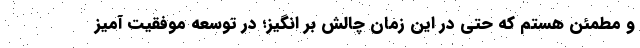
و مطمئن هستم که حتی در این زمان چالش بر انگیز؛ در توسعه موفقیت آمیز